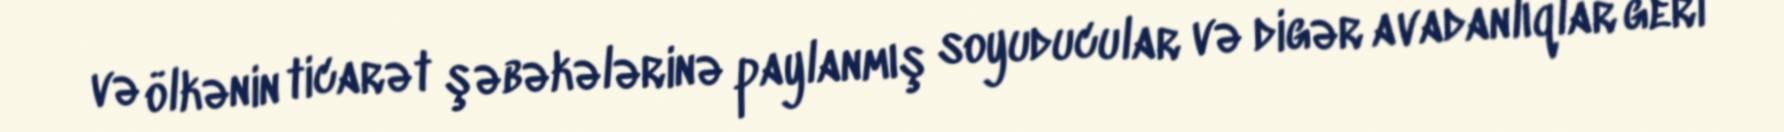
və ölkənin ticarət şəbəkələrinə paylanmış soyuducular və digər avadanlıqlar geri